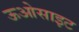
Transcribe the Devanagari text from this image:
ऊओसाइट